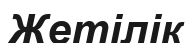
Жетілік